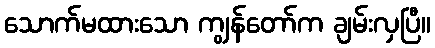
သောက်မထားသော ကျွန်တော်က ချမ်းလှပြီ။